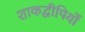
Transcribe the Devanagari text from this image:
शाकद्वीपियों